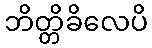
ဘိတ္တိခိလေပိ